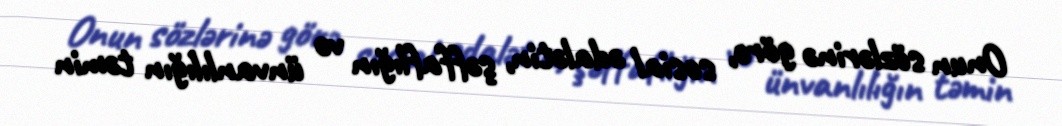
Onun sözlərinə görə, sosial ədalətin, şəffaflığın və ünvanlılığın təmin